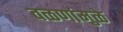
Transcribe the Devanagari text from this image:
वळणांमुळे